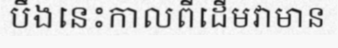
បឹងនេះកាលពីដើមវាមាន